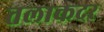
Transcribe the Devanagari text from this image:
तलाकदर